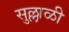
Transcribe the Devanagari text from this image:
सुल्लाळी